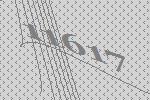
11617